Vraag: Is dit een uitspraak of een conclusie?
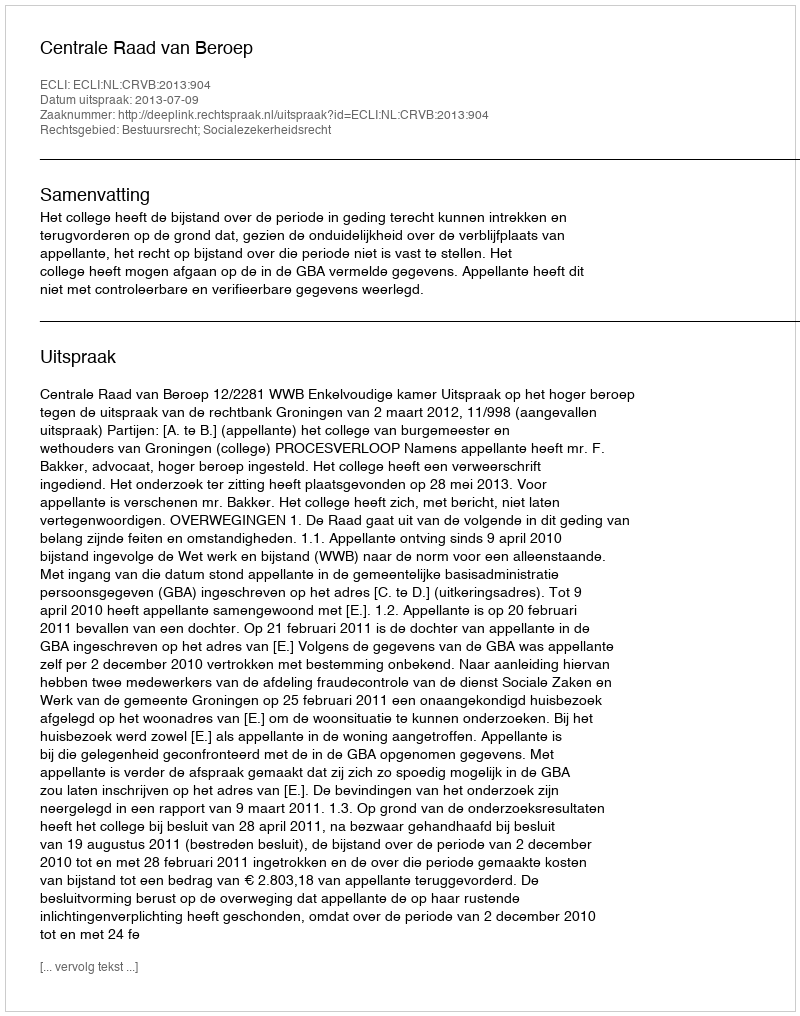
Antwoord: Uitspraak